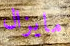
مايزال